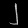
Digit: ၂